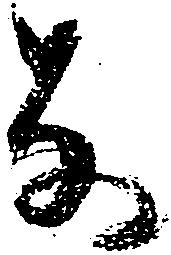
な